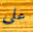
على